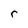
Character: r